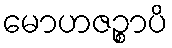
မောဟဇဉ္စာပိ